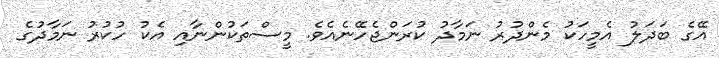
އޭގެ ބަދަލު އެމީހަކު މެންދުރު ނަމާދު ކުރަންޖެހޭނެއެވެ. މީސްތަކުންނާއި އެކު ހުކުރު ނަމާދުގެ